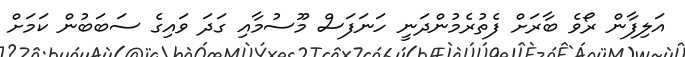
އަލިފާން ރޯވެ ބާރަށް ފެތުރެމުންދަނީ ހަނަފަސް މޫސުމާއި ގަދަ ވައިގެ ސަބަބުން ކަމަށް